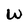
Character: W